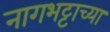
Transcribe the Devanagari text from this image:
नागभट्टाच्या